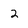
Character: 2